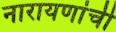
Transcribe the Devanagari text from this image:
नारायणांची